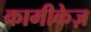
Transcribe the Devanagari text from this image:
कामीकेज़